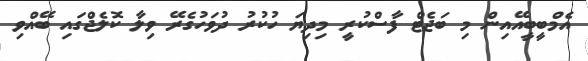
އެމްބީބީއޭއިން މި ބަޖެޓް ފާސްކުރީ މިދިޔަ ހުކުރު ދުވަހުގެރޭ ވިލާ ކޮލެޖްގައި ބޭއްވި